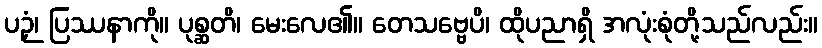
ပဉှံ၊ ပြဿနာကို။ ပုစ္ဆတိ၊ မေးလေ၏။ တေသဗ္ဗေပိ၊ ထိုပညာရှိ အလုံးစုံတို့သည်လည်း။